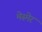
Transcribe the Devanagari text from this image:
मेस्मेर